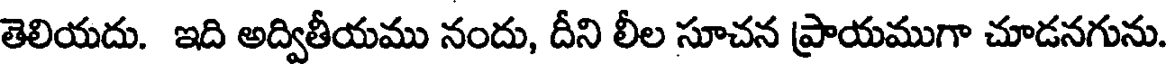
తెలియదు. ఇది అద్వితీయము నందు, దీని లీల సూచన ప్రాయముగా చూడనగును.